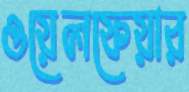
ওয়েলফেয়ার